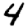
Digit: 4